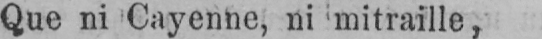
Que ni Cayenne, ni mitraille,